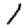
Digit: 1